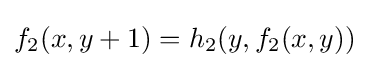
f_{2}(x,y+1)=h_{2}(y,f_{2}(x,y))